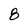
Character: 8